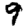
Digit: 9